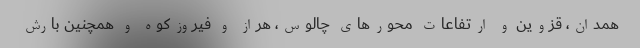
همدان، قزوین و ارتفاعات محورهای چالوس، هراز و فیروزکوه و همچنین بارش